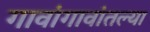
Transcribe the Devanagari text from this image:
गावांगावांतल्या